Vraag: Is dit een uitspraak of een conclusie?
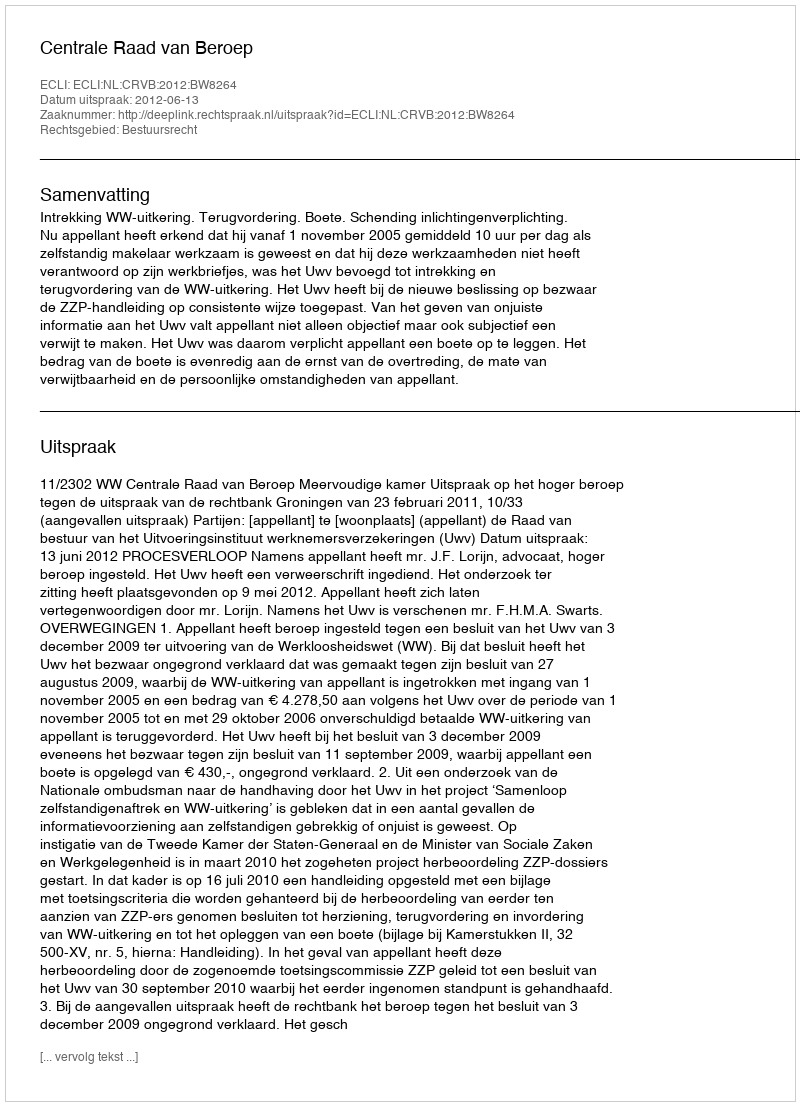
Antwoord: Uitspraak